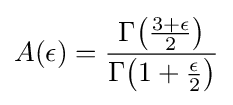
A(\epsilon )={\frac {\Gamma {\left({\frac {3+\epsilon }{2}}\right)}}{\Gamma {\left(1+{\frac {\epsilon }{2}}\right)}}}